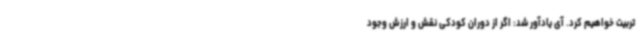
تربیت خواهیم کرد. آی یادآور شد: اگر از دوران کودکی نقش و ارزش وجود